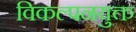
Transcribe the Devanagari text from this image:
विकल्पनयुक्त